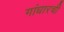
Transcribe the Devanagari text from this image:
गांधारची